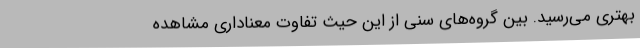
بهتری می‌رسید. بین گروه‌های سنی از این حیث تفاوت معناداری مشاهده